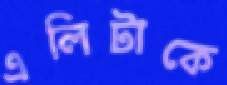
এলিটাকে